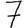
Digit: 7